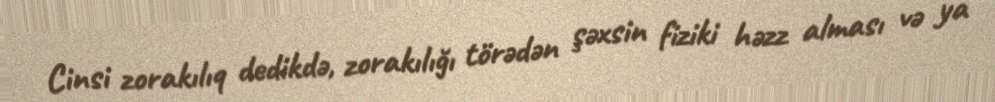
Cinsi zorakılıq dedikdə, zorakılığı törədən şəxsin fiziki həzz alması və ya